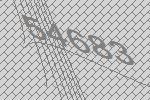
54683